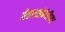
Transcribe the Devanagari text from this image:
तेलासंबंधीच्या